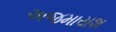
અજમાયશ